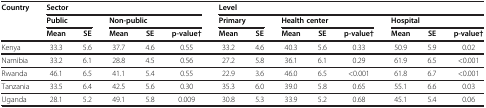
<table><thead><tr><td><b>Country</b></td><td colspan="5"><b>Sector</b></td><td colspan="8"><b>Level</b></td></tr><tr><td><b> </b></td><td colspan="2"><b>Public</b></td><td colspan="3"><b>Non-public</b></td><td colspan="2"><b>Primary</b></td><td colspan="3"><b>Health center</b></td><td colspan="3"><b>Hospital</b></td></tr><tr><td><b> </b></td><td><b>Mean</b></td><td><b>SE</b></td><td><b>Mean</b></td><td><b>SE</b></td><td><b>p-value†</b></td><td><b>Mean</b></td><td><b>SE</b></td><td><b>Mean</b></td><td><b>SE</b></td><td><b>p-value†</b></td><td><b>Mean</b></td><td><b>SE</b></td><td><b>p-value†</b></td></tr></thead><tbody><tr><td>Kenya</td><td>33.3</td><td>5.6</td><td>37.7</td><td>4.6</td><td>0.55</td><td>33.2</td><td>4.6</td><td>40.3</td><td>5.6</td><td>0.33</td><td>50.9</td><td>5.9</td><td>0.02</td></tr><tr><td>Namibia</td><td>33.2</td><td>6.1</td><td>28.8</td><td>4.5</td><td>0.56</td><td>27.2</td><td>5.8</td><td>36.1</td><td>6.1</td><td>0.29</td><td>61.9</td><td>6.5</td><td>&lt;0.001</td></tr><tr><td>Rwanda</td><td>46.1</td><td>6.5</td><td>41.1</td><td>5.4</td><td>0.55</td><td>22.9</td><td>3.6</td><td>46.0</td><td>6.5</td><td>&lt;0.001</td><td>61.8</td><td>6.7</td><td>&lt;0.001</td></tr><tr><td>Tanzania</td><td>33.5</td><td>6.4</td><td>42.5</td><td>5.6</td><td>0.30</td><td>35.3</td><td>6.0</td><td>39.0</td><td>5.8</td><td>0.65</td><td>55.1</td><td>6.6</td><td>0.03</td></tr><tr><td>Uganda</td><td>28.1</td><td>5.2</td><td>49.1</td><td>5.8</td><td>0.009</td><td>30.8</td><td>5.3</td><td>33.9</td><td>5.2</td><td>0.68</td><td>45.1</td><td>5.4</td><td>0.06</td></tr></tbody></table>